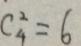
C ^ { 2 } _ { 4 } = 6